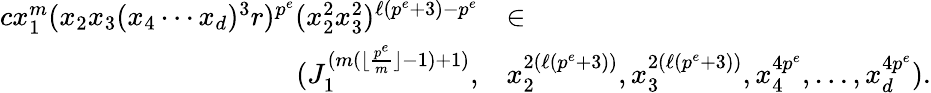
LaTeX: \begin{array}{rl}{cx_{1}^{m}(x_{2}x_{3}(x_{4}\cdots x_{d})^{3}r)^{p^{e}}(x_{2}^{2}x_{3}^{2})^{\ell(p^{e}+3)-p^{e}}}&{\in}\\ {(J_{1}^{(m(\lfloor\frac{p^{e}}{m}\rfloor-1)+1)},}&{x_{2}^{2(\ell(p^{e}+3))},x_{3}^{2(\ell(p^{e}+3))},x_{4}^{4p^{e}},\ldots,x_{d}^{4p^{e}}).}\end{array}